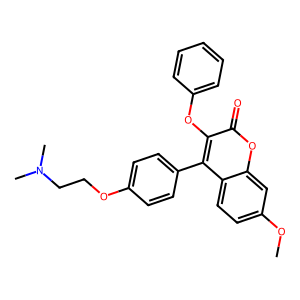
SMILES: COc1ccc2c(-c3ccc(OCCN(C)C)cc3)c(Oc3ccccc3)c(=O)oc2c1
Inhibits HIV replication: No